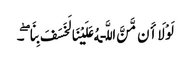
لَوْلَا أَن مَّنَّ اللَّـهُ عَلَیْنَا لَخَسَفَ بِنَا ۖ ۔